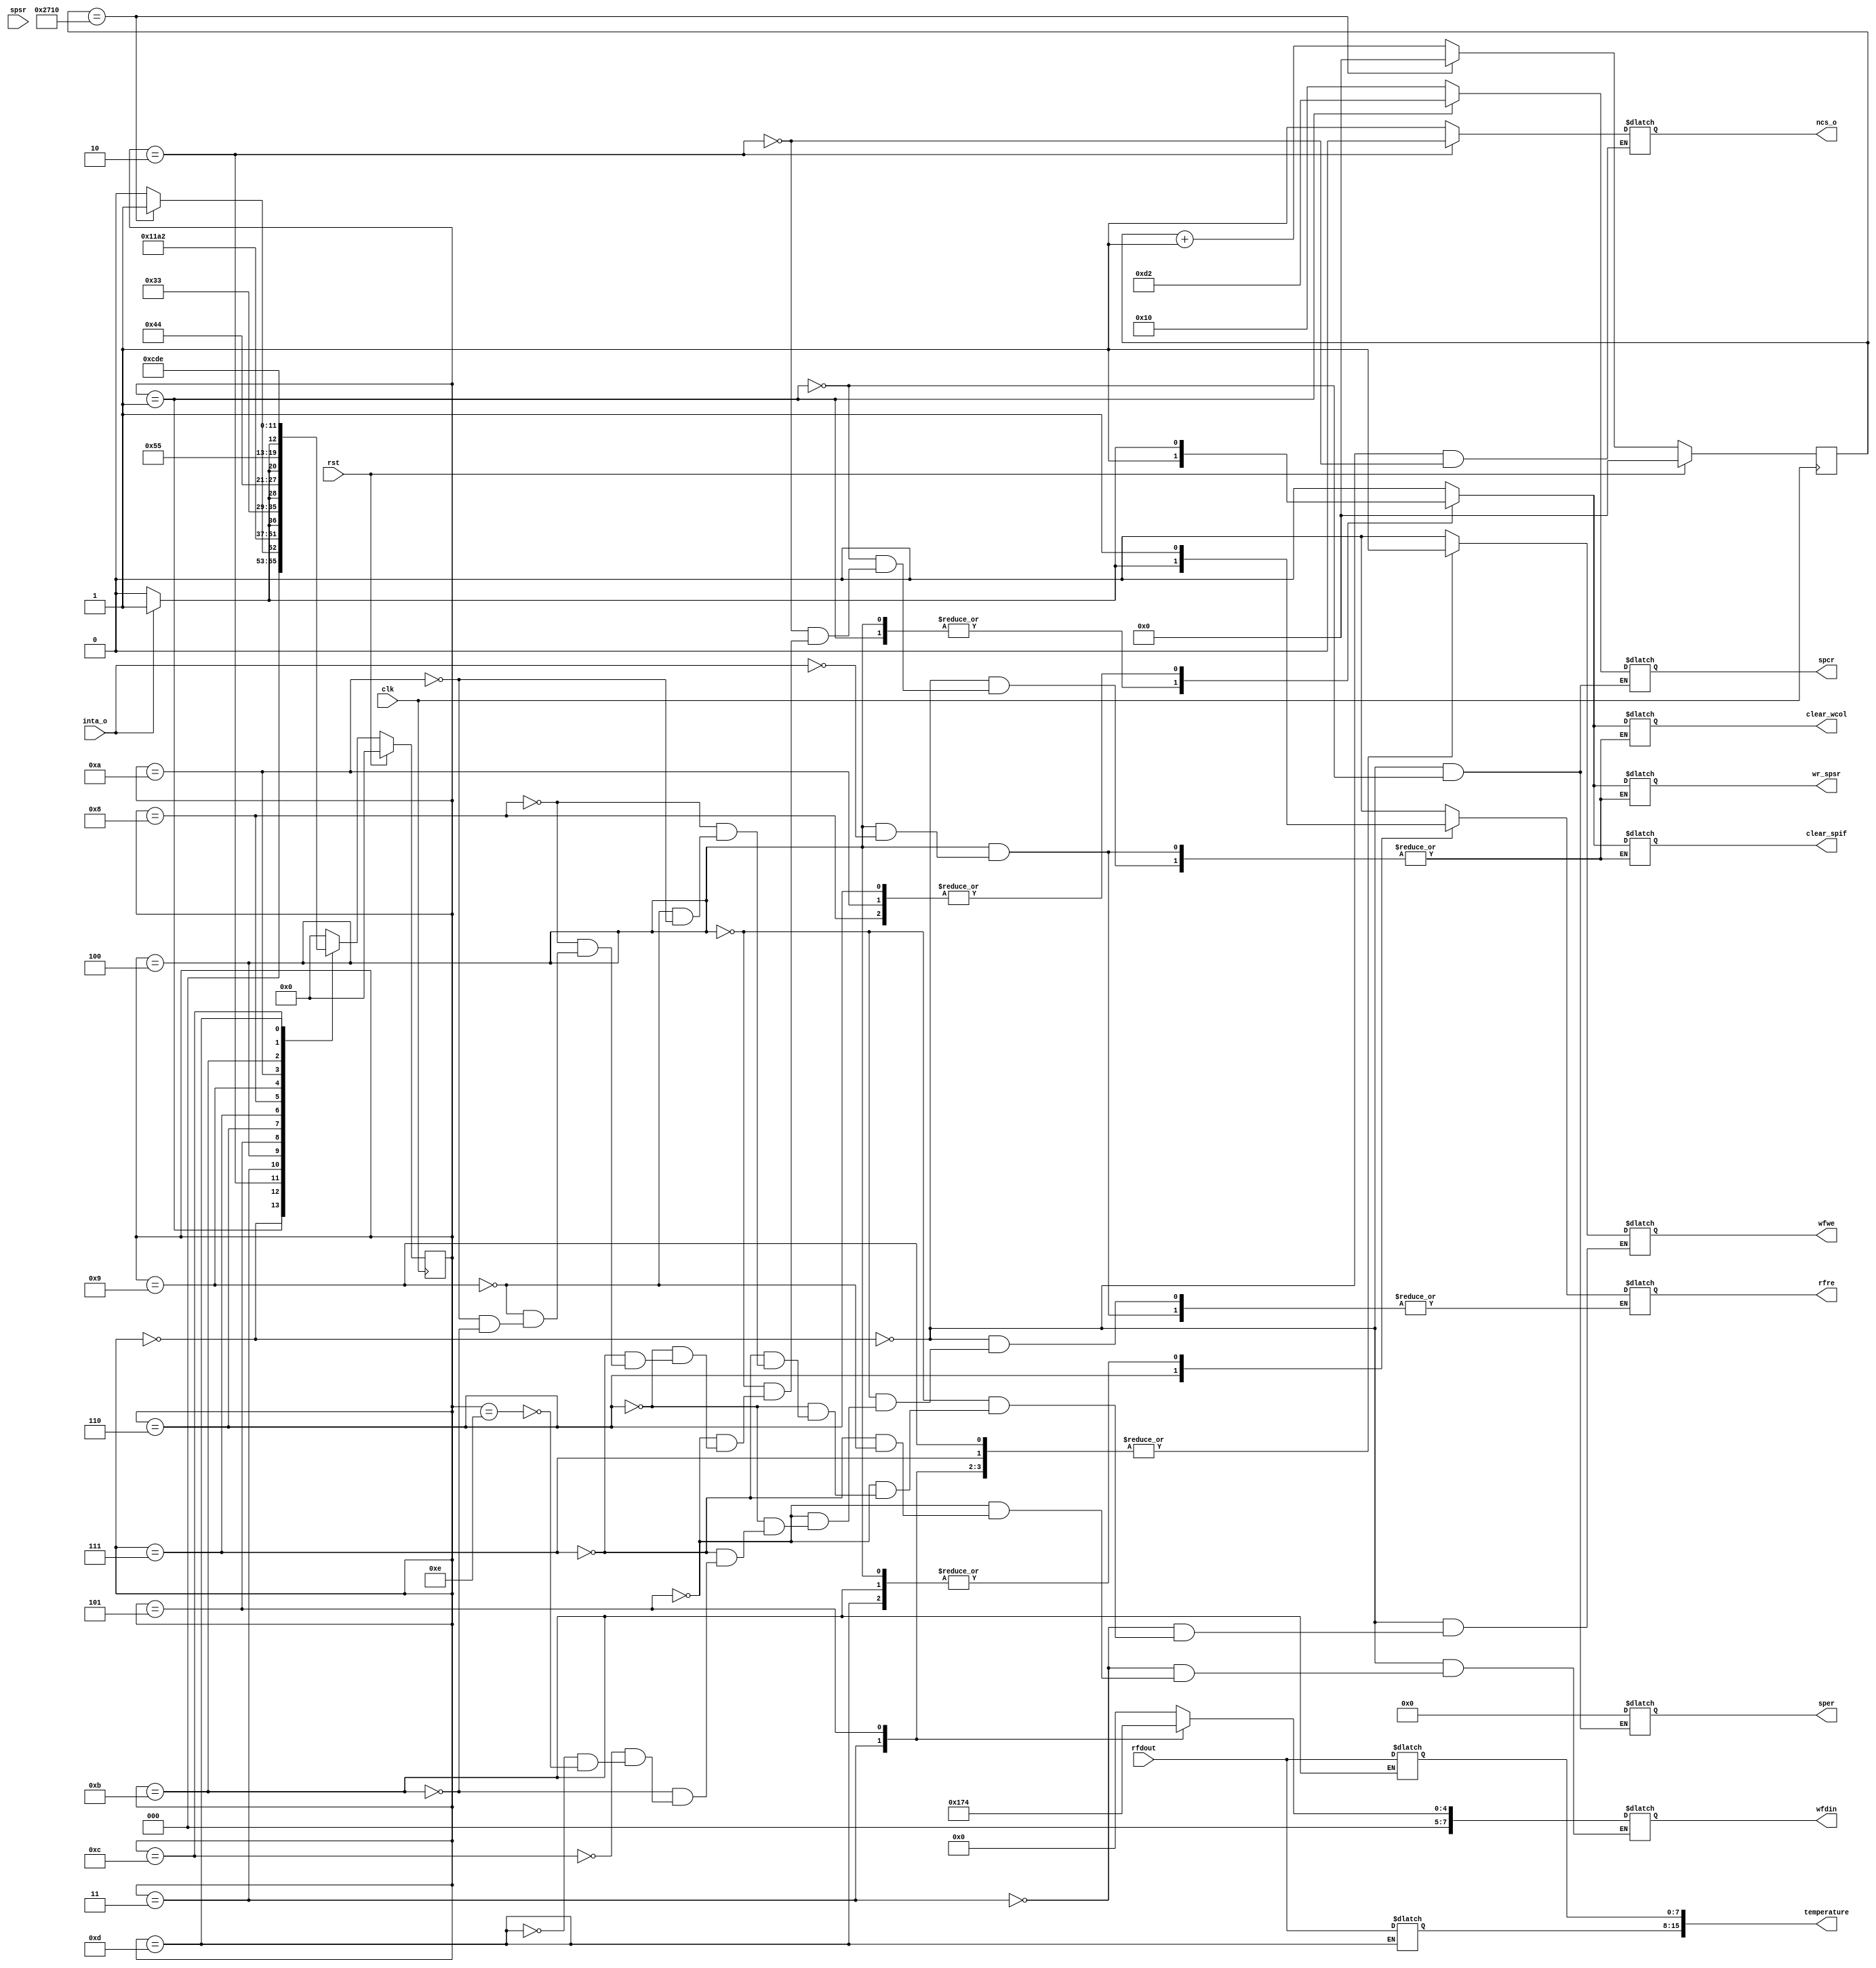
//                              -*- Mode: Verilog -*-
// Description     : State Machine to control SPI interface
// Last Modified By: Philip Tracton
// Update Count    : 0
// Status          : Unknown, Use with caution!
module spi_controller (/*AUTOARG*/
   // Outputs
   wfdin, spcr, sper, wfwe, rfre, wr_spsr, clear_spif, clear_wcol,
   ncs_o, temperature,
   // Inputs
   clk, rst, rfdout, inta_o, spsr
   ) ;

   //
   // System Interface
   //
   input wire clk;
   input wire rst; 

   //
   // SPI Device Interface
   //
   input wire       inta_o;  // Interrupt from SPI 
   input wire [7:0] spsr;    // Serial Peripheral Status register ('HC11 naming)
   input wire [7:0] rfdout;  // Data from Read FIFO in SPI.  Data from spi slave device

   output reg [7:0] wfdin;      // Data to Write FIFO in SPI, sent on to spi slave device
   output reg [7:0] spcr;       // Serial Peripheral Control Register ('HC11 naming)
   output reg [7:0] sper;       // Serial Peripheral Extension register
   output reg       wfwe;       //Write FIFO     
   output reg       rfre;       //Read FIFO
   output reg       wr_spsr;    // Write SPSR
   output reg       clear_spif; // Clear the SPIF bit
   output reg       clear_wcol; // Clear the WCOL bit
   
   //    
   //
   // SPI Interface
   //
   output reg       ncs_o;   // Chip Select to SPI Slave Device

   output reg [15:0] temperature =0;  // The temperature we read


   //
   // State Machine
   //   
   parameter STATE_IDLE                     = 4'h0;
   parameter STATE_SPI_INIT                 = 4'h1;
   parameter STATE_SPI_INIT_DONE            = 4'h2;   
   parameter STATE_COMMAND_WRITE            = 4'h3;
   parameter STATE_COMMAND_DONE             = 4'h4;
   parameter STATE_ADDRESS_WRITE            = 4'h5;
   parameter STATE_ADDRESS_DONE             = 4'h6;
   parameter STATE_READ_TEMP_LOW            = 4'h7;
   parameter STATE_READ_TEMP_LOW_DONE        = 4'h8;
   parameter STATE_READ_TEMP_HIGH            = 4'h9;
   parameter STATE_READ_TEMP_HIGH_DONE       = 4'hA;
   parameter STATE_READ_TEMP_LOW_FIFO        = 4'hB;
   parameter STATE_READ_TEMP_LOW_FIFO_DONE   = 4'hC;
   parameter STATE_READ_TEMP_HIGH_FIFO       = 4'hD;
   parameter STATE_READ_TEMP_HIGH_FIFO_DONE  = 4'hE;

   
   reg [3:0]    state;
   reg [3:0]    next_state;


   //
   // When count is done, run the state machine to read the temperature.
   // TODO: Remove this and replace with interrupt or polling the SPI slave device for Data Ready
   //
   reg [31:0]   count;
   wire         count_done;
   
   assign count_done = (count == 32'd10000);
   
   always @(posedge clk)
     if (rst) begin
        count <=0;        
     end else begin
        if (count_done) begin
           count <=0;           
        end else begin
           count <= count +1;           
        end
     end

   //
   // Synchronous component of state machine
   //   
   always @(posedge clk)
     if (rst) begin
        state <= STATE_IDLE;        
     end else begin
        state <= next_state;        
     end

   //
   // Asynchronous component of state machine
   //   
   always @(*) begin
      case (state)

        //
        // STATE_IDLE: Come here between reads of the temperature.
        // Stay here until counter expires to kick off the rest of the process.
        //
        STATE_IDLE: begin
           spcr = 8'h10;
           sper = 8'h00;           
           wfwe = 0;
           rfre = 0;
           wr_spsr = 0;
           clear_spif = 0;
           clear_wcol = 0; 
           wfdin = 0;
           ncs_o = 1;           
           if (count_done) begin
              next_state = STATE_SPI_INIT;              
           end else begin
              next_state = STATE_IDLE;              
           end
        end

        //
        // STATE_SPI_INIT: Put the spi device into the correct state of operation
        //
        STATE_SPI_INIT:begin
           spcr = 8'hD2;
           sper = 8'h00;
           clear_spif = 1;
           clear_wcol = 1;           
           wr_spsr = 1;
           next_state = STATE_SPI_INIT_DONE;           
        end

        //
        // STATE_SPI_INIT_DONE: Clear pulses from the STATE_SPI_INIT
        //
        STATE_SPI_INIT_DONE:begin
           clear_spif = 0;
           clear_wcol = 0;           
           wr_spsr = 0;
           ncs_o = 0;           
           next_state = STATE_COMMAND_WRITE;           
        end

        //
        // STATE_COMMAND_WRITE: Write the read byte (0x0B) to the slave
        // by writing it into the data FIFO of the SPI
        //
        STATE_COMMAND_WRITE:begin
           wfdin = 8'h0B;    // Command to READ Data
           wfwe = 1;         // Push to the FIFO
           next_state = STATE_COMMAND_DONE;           
        end

        //
        // STATE_COMMAND_DONE: Finish writing the data to the FIFO and
        // wait for (inta_o) to indicate data was sent to the SPI device.
        // Clear the interrupt once it is asserted.
        //
        STATE_COMMAND_DONE:begin
           wfwe = 0;
           if (inta_o) begin
              next_state = STATE_ADDRESS_WRITE;
              clear_spif = 1;
              clear_wcol = 1;           
              wr_spsr = 1;
              rfre = 1;              
           end else begin
              next_state = STATE_COMMAND_DONE;              
           end
        end
        
        //
        // STATE_ADDRESS_WRITE: Write out the address of the register you want to read from
        // the slave device.  We want to read addresses 14 and 15 from the slave.  The slave does
        // automatic address incrementing so we do not need to write it out a 2nd time.
        //
        STATE_ADDRESS_WRITE:begin
           clear_spif = 0;
           clear_wcol = 0;           
           wr_spsr = 0;
           rfre = 0;           
           wfdin = 8'h14;  //Address for temperature low
           wfwe = 1;
           next_state = STATE_ADDRESS_DONE;           
        end

        //
        // STATE_ADDRESS_DONE: Finish writing the data to the FIFO and
        // wait for (inta_o) to indicate data was sent to the SPI device.
        // Clear the interrupt once it is asserted.
        //        
        STATE_ADDRESS_DONE:begin
           clear_spif = 0;
           clear_wcol = 0;           
           wr_spsr = 0;                             
           wfwe = 0;
           rfre = 0;           
           if (inta_o) begin
              clear_spif = 1;
              clear_wcol = 1;           
              wr_spsr = 1; 
              rfre = 1;              
              next_state = STATE_READ_TEMP_LOW; 
           end else begin
              next_state = STATE_ADDRESS_DONE;             
           end                         
        end

        //
        // STATE_READ_TEMP_LOW: Write 0's to the data FIFO so it gets shifted out.  The data
        // to read gets shifted in on the same clock edges.
        //
        STATE_READ_TEMP_LOW:begin
           rfre = 0;           
           clear_spif = 0;
           clear_wcol = 0;           
           wr_spsr = 0;             
           wfwe = 1;
           wfdin = 0;    
           next_state = STATE_READ_TEMP_LOW_DONE;           
        end

        //
        // STATE_READ_TEMP_LOW_DONE: Finish writing the data to the FIFO and
        // wait for (inta_o) to indicate data was sent to the SPI device.
        // Clear the interrupt once it is asserted.
        //
        STATE_READ_TEMP_LOW_DONE:begin
           clear_spif = 0;
           clear_wcol = 0;           
           wr_spsr = 0;               
           wfwe = 0;
           if (inta_o) begin
              clear_spif = 1;
              clear_wcol = 1;           
              wr_spsr = 1;
              next_state = STATE_READ_TEMP_HIGH;                                  
           end else begin
              next_state = STATE_READ_TEMP_LOW_DONE;            
           end
        end

        //
        // STATE_READ_TEMP_LOW: Write 0's to the data FIFO so it gets shifted out.  The data
        // to read gets shifted in on the same clock edges.  No need to send address again since
        // the SPI slave auto-increments the address after each read
        //        
        STATE_READ_TEMP_HIGH:begin
           clear_spif = 0;
           clear_wcol = 0;           
           wr_spsr = 0;                    
           wfwe = 1;
           wfdin = 0;           
           next_state = STATE_READ_TEMP_HIGH_DONE;           
        end // case: STATE_READ_TEMP_HIGH

        //
        // STATE_READ_TEMP_HIGH_DONE: Finish writing the data to the FIFO and
        // wait for (inta_o) to indicate data was sent to the SPI device.
        // Clear the interrupt once it is asserted.
        //        
        STATE_READ_TEMP_HIGH_DONE:begin
           clear_spif = 0;
           clear_wcol = 0;           
           wr_spsr = 0;             
           wfwe = 0;
           if (inta_o) begin
              clear_spif = 1;
              clear_wcol = 1;           
              wr_spsr = 1;               
              next_state = STATE_READ_TEMP_LOW_FIFO;            
           end else begin
              next_state = STATE_READ_TEMP_HIGH_DONE;              
           end                       
        end

        //
        // STATE_READ_TEMP_LOW_FIFO: Read the lower byte of the temperature and assert the
        // rfre (Read FIFO) signal to pop the value out of the FIFO.
        //
        STATE_READ_TEMP_LOW_FIFO:begin
           clear_spif = 0;
           clear_wcol = 0;           
           wr_spsr = 0;  
           rfre = 1;
           temperature[7:0] = rfdout;            
           next_state = STATE_READ_TEMP_LOW_FIFO_DONE;           
        end

        //
        // STATE_READ_TEMP_LOW_FIFO_DONE: Clear the rfre signal so that only a single
        // value is popped from the FIFO.
        //
        STATE_READ_TEMP_LOW_FIFO_DONE:begin
           rfre = 0;     
           next_state = STATE_READ_TEMP_HIGH_FIFO;           
        end

        //
        // STATE_READ_TEMP_HIGH_FIFO: Read the upper byte of the temperature and assert the
        // rfre (Read FIFO) signal to pop the value out of the FIFO.
        //        
        STATE_READ_TEMP_HIGH_FIFO:begin
           rfre = 1;
           temperature[15:8] = rfdout;
           next_state = STATE_READ_TEMP_HIGH_FIFO_DONE;           
        end

        //
        // STATE_READ_TEMP_HIGH_FIFO_DONE: Clear the rfre signal so that only a single
        // value is popped from the FIFO.  This is the last state, go back to STATE_IDLE
        // since we have completed reading the 2 bytes of the temperature
        //        
        STATE_READ_TEMP_HIGH_FIFO_DONE:begin
           rfre = 0;
           next_state = STATE_IDLE;           
        end        

        //
        // DEFAULT: If we get here, something has gone wrong!  Go to IDLE to start over.
        //
        default: begin
           next_state = STATE_IDLE;           
        end
      endcase // case (state)
      
   end

   //
   // Helpful state machine debug signals.  Only visible in simulation.
   //
  reg [(40*8)-1:0] spi_controller_state_name ="NONE";
   always @(*)
     case (state)
       STATE_IDLE         : spi_controller_state_name = "IDLE";
       STATE_SPI_INIT      : spi_controller_state_name ="SPI INIT";
       STATE_SPI_INIT_DONE : spi_controller_state_name ="SPI INIT DONE";
       STATE_COMMAND_WRITE : spi_controller_state_name ="COMMAND WRITE";
       STATE_COMMAND_DONE  : spi_controller_state_name ="COMMAND WRITE DONE";
       STATE_ADDRESS_WRITE : spi_controller_state_name ="ADDRESS WRITE";
       STATE_ADDRESS_DONE   : spi_controller_state_name ="ADDRESS WRITE DONE";
       STATE_READ_TEMP_LOW      : spi_controller_state_name ="READ TEMP LOW";
       STATE_READ_TEMP_LOW_DONE : spi_controller_state_name ="READ TEMP LOW DONE";
       STATE_READ_TEMP_HIGH     : spi_controller_state_name ="READ TEMP HIGH";
       STATE_READ_TEMP_HIGH_DONE: spi_controller_state_name ="READ TEMP HIGH DONE";
       STATE_READ_TEMP_LOW_FIFO : spi_controller_state_name ="READ TEMP LOW FIFO";
       STATE_READ_TEMP_LOW_FIFO_DONE : spi_controller_state_name ="READ TEMP LOW FIFO DONE";
       STATE_READ_TEMP_HIGH_FIFO : spi_controller_state_name ="READ TEMP HIGH FIFO";
       STATE_READ_TEMP_HIGH_FIFO_DONE : spi_controller_state_name ="READ TEMP HIGH FIFO DONE";
       default: spi_controller_state_name = "Default";       
     endcase // case (state)
   
endmodule // spi_controller